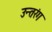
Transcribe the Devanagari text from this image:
उन्तरंग